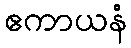
ဧကာယနံ